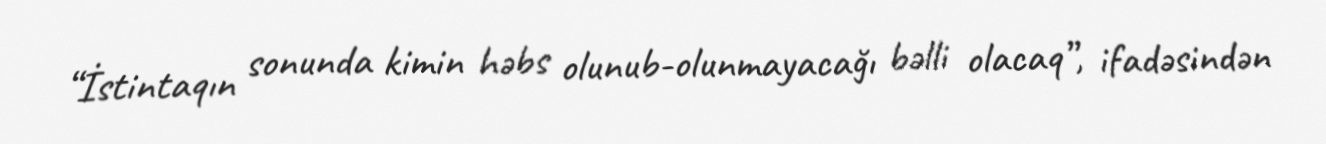
“İstintaqın sonunda kimin həbs olunub-olunmayacağı bəlli olacaq”, ifadəsindən